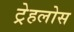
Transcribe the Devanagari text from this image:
ट्रेहलोस